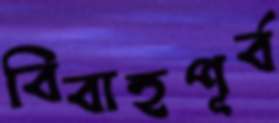
বিবাহপূর্ব